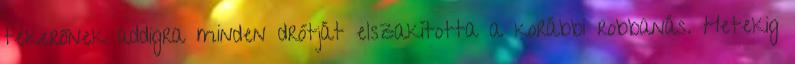
tekerőnek addigra minden drótját elszakította a korábbi robbanás. Hetekig